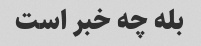
بله چه خبر است